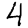
Digit: 4